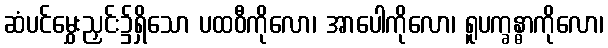
ဆံပင်မွှေးညှင်း၌ရှိသော ပထဝီကိုလော၊ အာပေါကိုလော၊ ရူပက္ခန္ဓာကိုလော၊